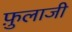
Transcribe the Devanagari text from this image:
फ़ुलाजी